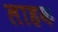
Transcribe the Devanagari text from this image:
लाहक